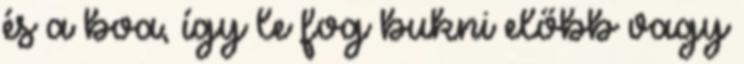
és a boa, így le fog bukni előbb vagy